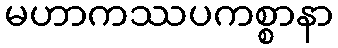
မဟာကဿပကစ္စာနာ